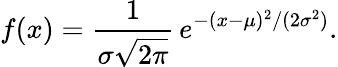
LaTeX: f(x)={\frac{1}{\sigma{\sqrt{2\pi}}}}\, e^{-(x-\mu)^{2}/(2\sigma^{2})}.